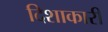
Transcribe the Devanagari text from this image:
दिशाकारी